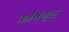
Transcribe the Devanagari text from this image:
कोषगृह